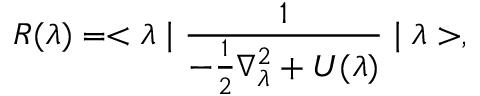
R ( \lambda ) = < \lambda \mid \frac { 1 } { - \frac { 1 } { 2 } \nabla _ { \lambda } ^ { 2 } + U ( \lambda ) } \mid \lambda > ,